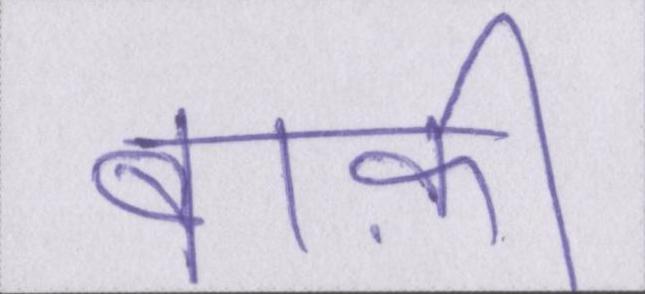
बाक़ी